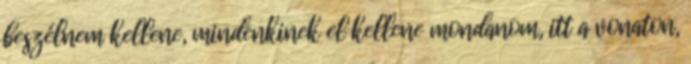
beszélnem kellene, mindenkinek el kellene mondanom, itt a vonaton,